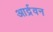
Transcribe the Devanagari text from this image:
आर्द्रवन